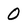
Character: 0